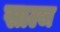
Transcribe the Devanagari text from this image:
साल्ज